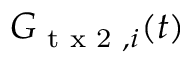
G _ { \textrm { t x 2 } , i } ( t )